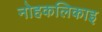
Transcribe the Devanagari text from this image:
नोहकलिकाइ